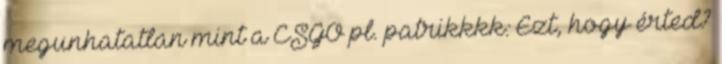
megunhatatlan mint a CSGO pl. patrikkkk: Ezt, hogy érted?